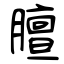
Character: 膻